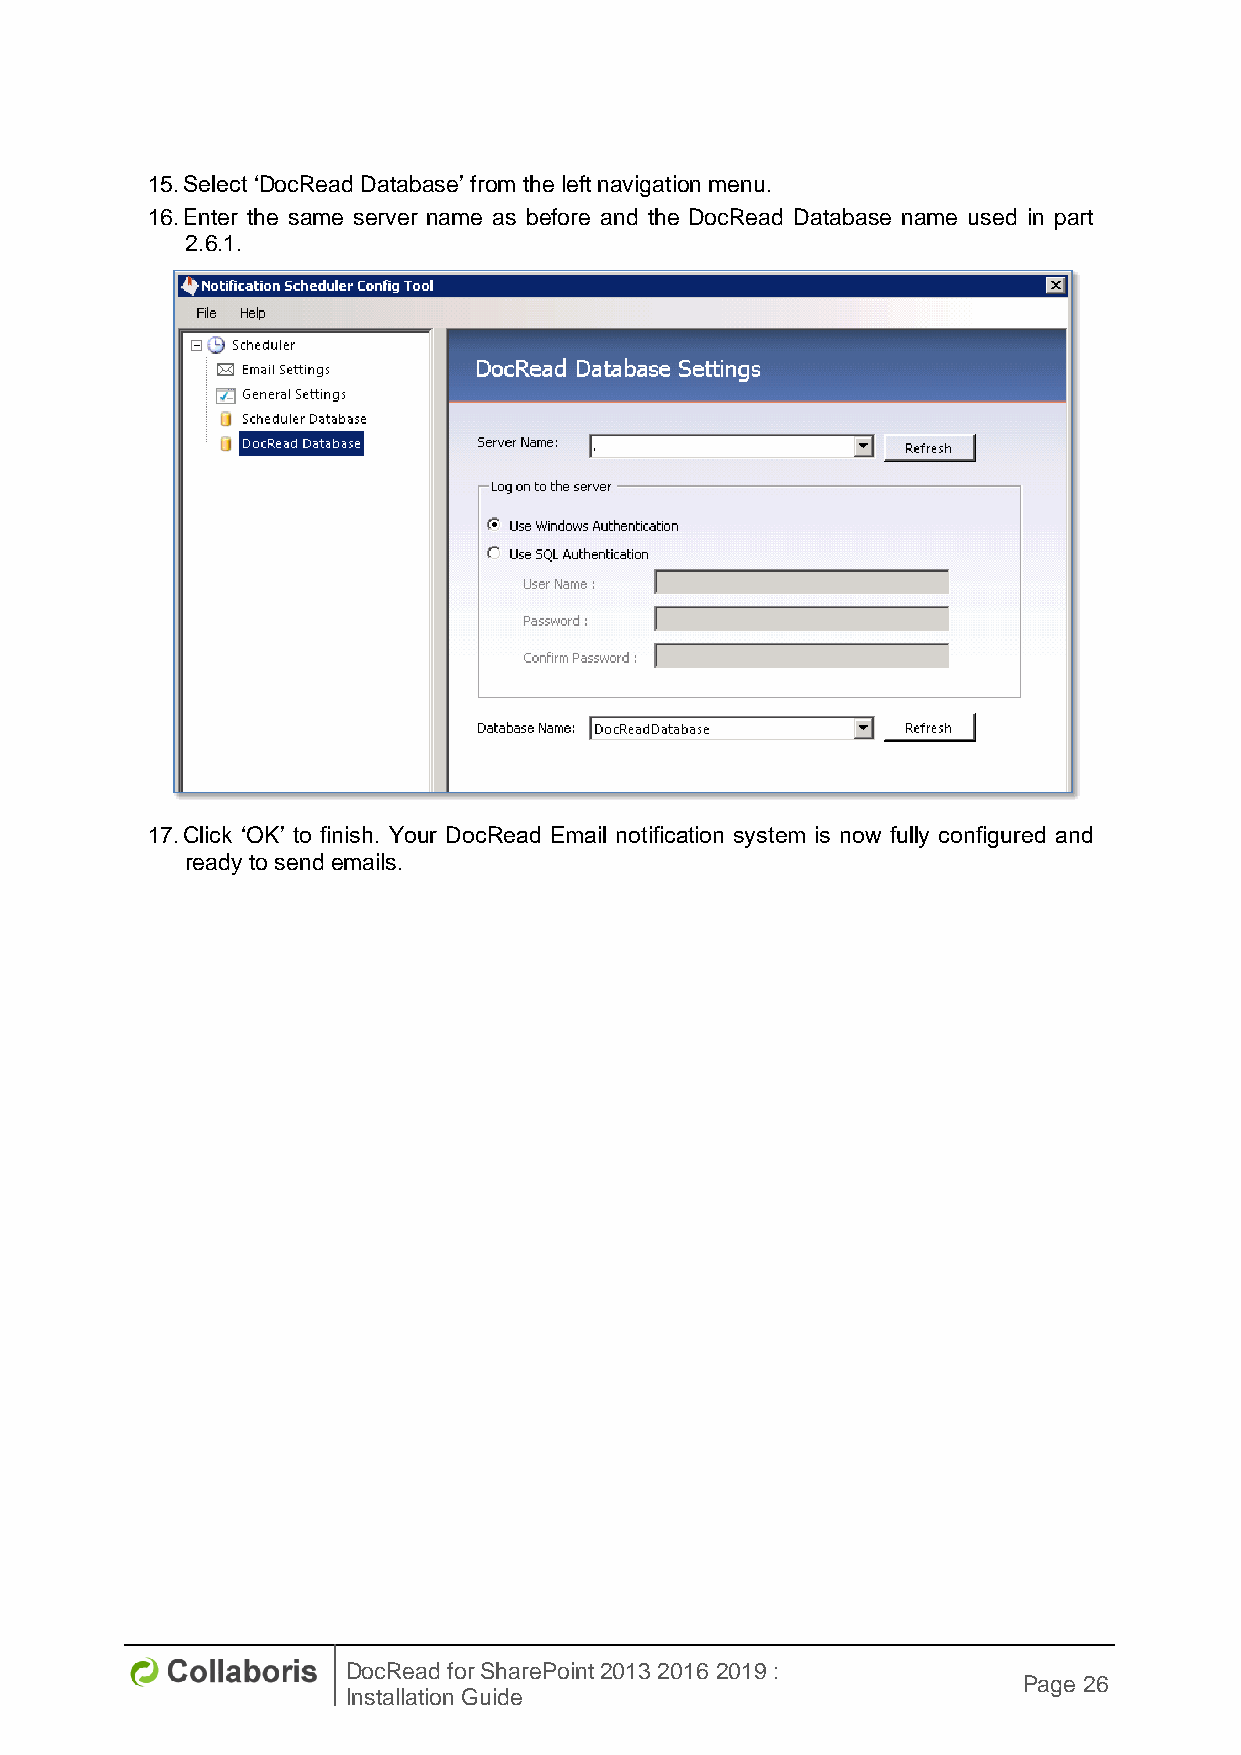
15. Select ‘DocRead Database’ from the left navigation menu.
 16. Enter the same server name as before and the DocRead Database name used in part
 2.6.1.
 17. Click ‘OK’ to finish. Your DocRead Email notification system is now fully configured and
 ready to send emails.
 DocRead for SharePoint 2013 2016 2019 :
 Page 26
 Installation Guide